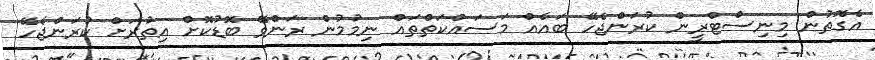
އެގޮތުން މިނިސްޓްރީން ކުރަންޖެހޭ ބައެއް މަސައްކަތްތައް ނިމުމުން ރަންވޭ ބޮޑުކޮށް އިތުރަށް ކުރަންޖެހޭ